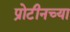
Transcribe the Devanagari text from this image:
प्रोटीनच्या